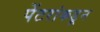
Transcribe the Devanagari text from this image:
पेंटरांकडून